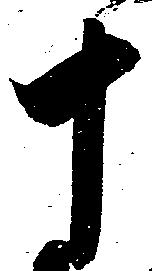
十